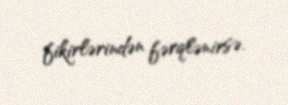
fikirlərindən fərqlənirsə.